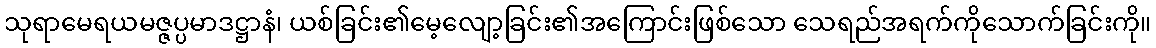
သုရာမေရယမဇ္ဇပ္ပမာဒဋ္ဌာနံ၊ ယစ်ခြင်း၏မေ့လျော့ခြင်း၏အကြောင်းဖြစ်သော သေရည်အရက်ကိုသောက်ခြင်းကို။